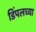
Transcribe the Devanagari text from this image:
डिंपलच्या